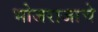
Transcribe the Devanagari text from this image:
भोजराजाचे